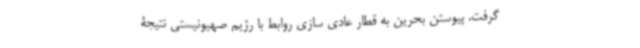
گرفت. پیوستن بحرین به قطار عادی سازی روابط با رژیم صهیونیستی نتیجۀ